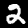
Label: 2